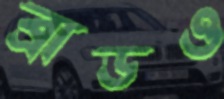
ব্রাডও